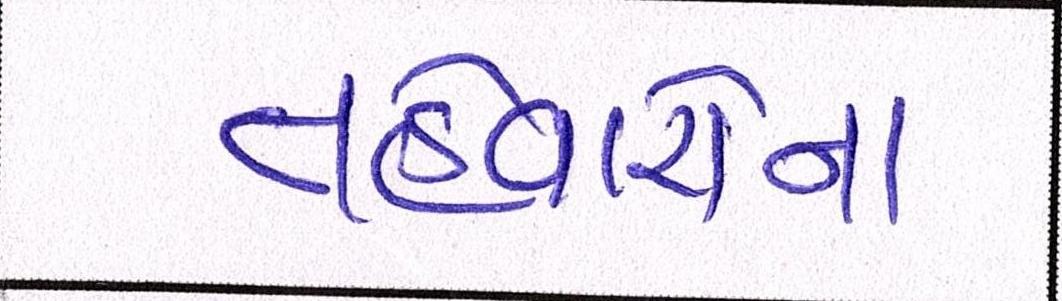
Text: તહેવારોના